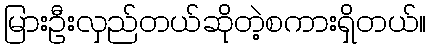
မြားဦးလှည်တယ်ဆိုတဲ့စကားရှိတယ်။